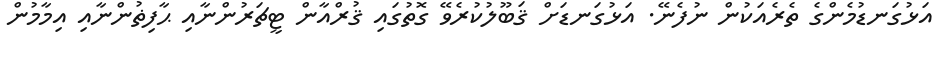
އަޅުގަނޑުމެންގެ ތެރެއަކުން ނުފެނޭ. އަޅުގަނޑަށް ޤަބޫލުކުރެވޭ ގޮތުގައި ޤުރްއާން ޓީޗަރުންނާއި ޙާފިޡުންނާއި އިމާމުން